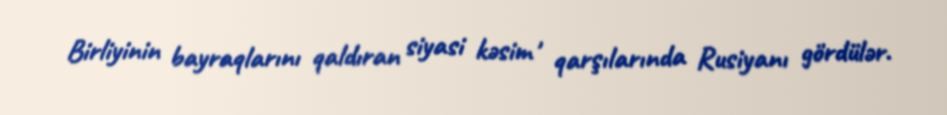
Birliyinin bayraqlarını qaldıran siyasi kəsim , qarşılarında Rusiyanı gördülər.